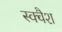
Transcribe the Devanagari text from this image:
स्‍क्‍वैश